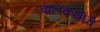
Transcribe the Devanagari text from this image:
बालकथांचे